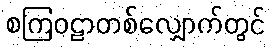
စကြဝဠာတစ်လျှောက်တွင်